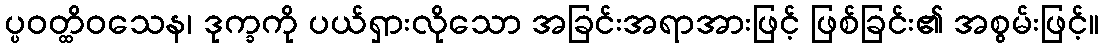
ပ္ပဝတ္ထိဝသေန၊ ဒုက္ခကို ပယ်ရှားလိုသော အခြင်းအရာအားဖြင့် ဖြစ်ခြင်း၏ အစွမ်းဖြင့်။